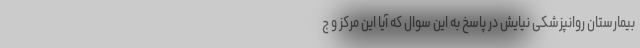
بیمارستان روانپزشکی نیایش در پاسخ به این سوال که آیا این مرکز و ج